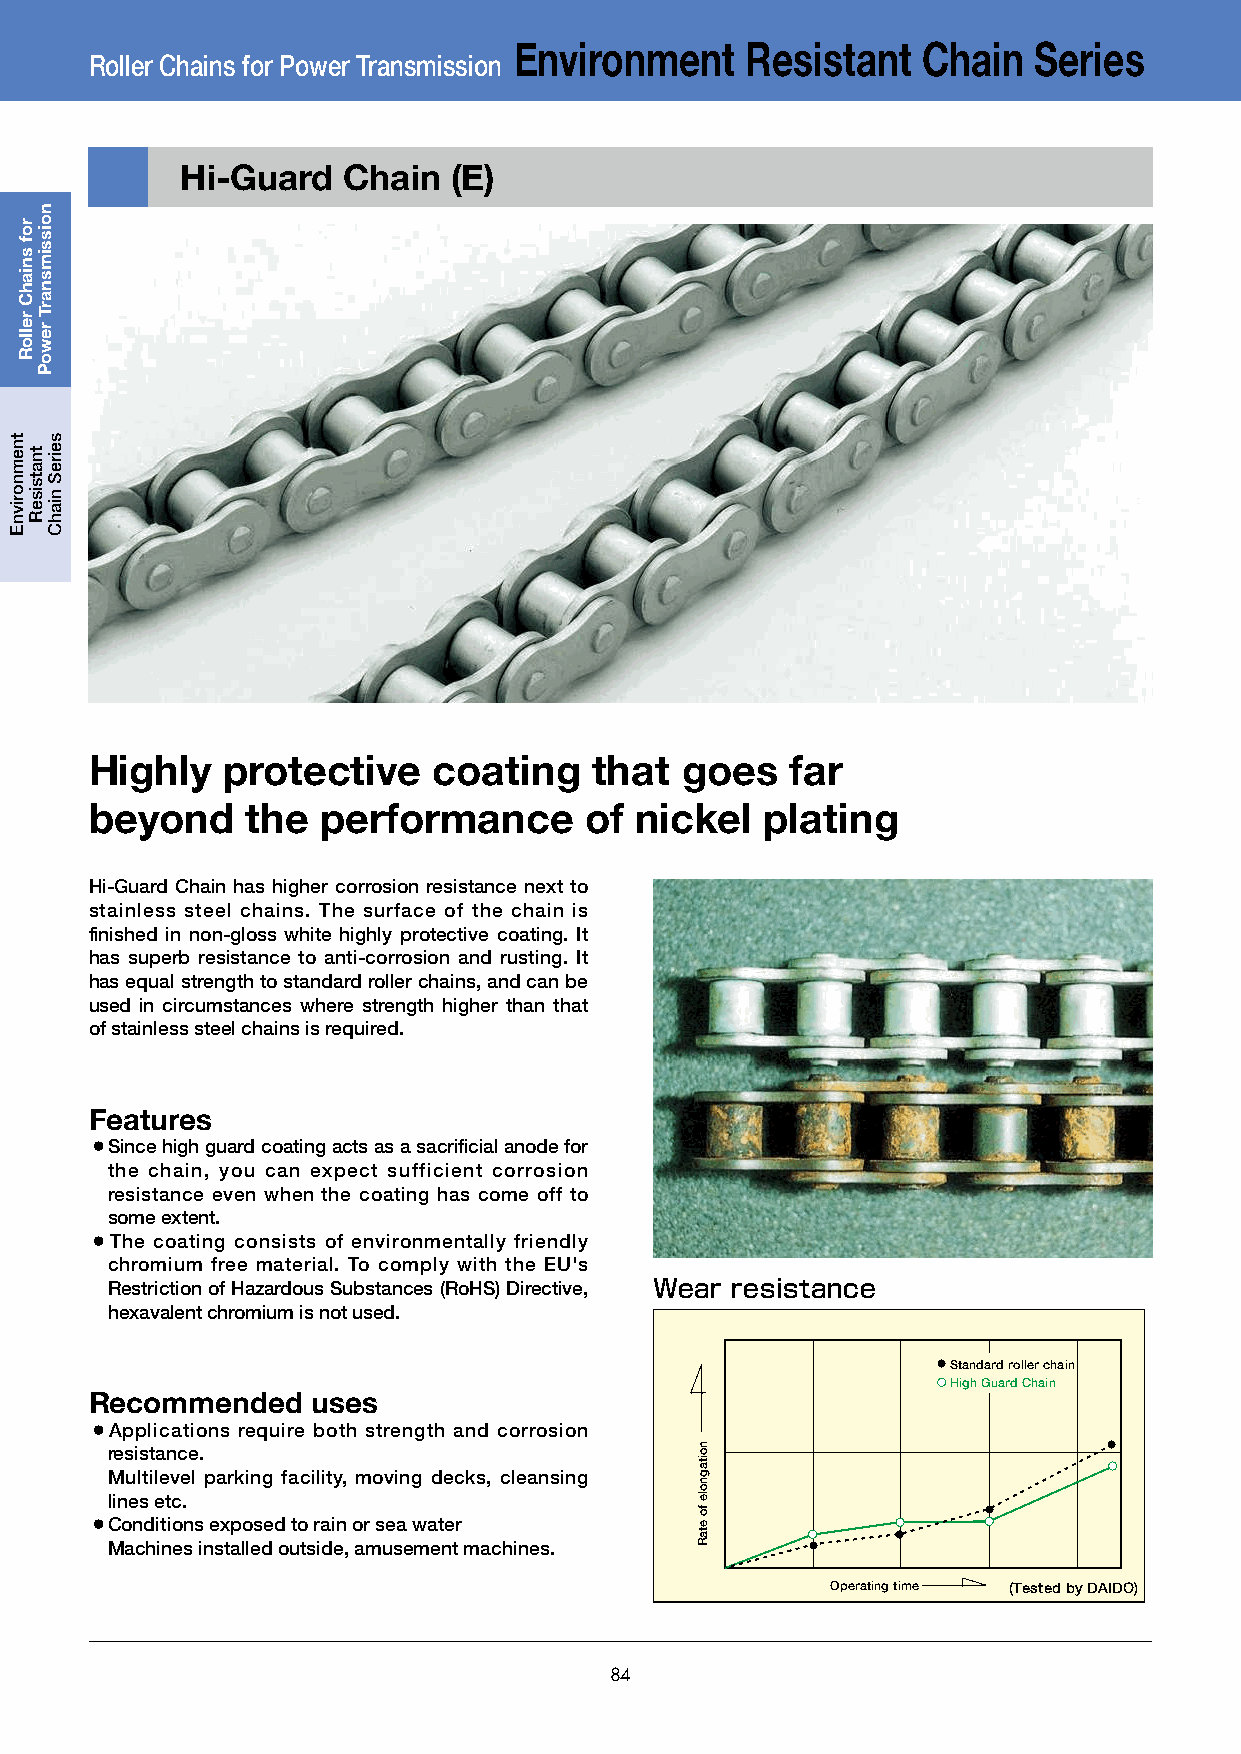
Environment    Resistant   Chain  Series
 Roller Chains for Power Transmission
 Hi-Guard   Chain  (E)
 Highly   protective    coating   that  goes   far
 beyond    the  performance       of nickel   plating
 Hi-Guard Chain has higher corrosion resistance next to
 stainless steel chains. The surface of the chain is
 finished in non-gloss white highly protective coating. It
 has superb resistance to anti-corrosion and rusting. It
 has equal strength to standard roller chains, and can be
 used in circumstances where strength higher than that
 of stainless steel chains is required.
 Features
 ¡Since high guard coating acts as a sacrificial anode for
 the chain, you can expect sufficient corrosion
 resistance even when the coating has come off to
 some extent.
 ¡The coating consists of environmentally friendly
 chromium free material. To comply with the EU's
 Restriction of Hazardous Substances (RoHS) Directive, Wear resistance
 hexavalent chromium is not used.
 ●Standard roller chain
 High Guard Chain
 Recommended    uses
 ¡Applications require both strength and corrosion
 resistance.                                                       ●
 Multilevel parking facility, moving decks, cleansing
 lines etc.
 ●
 ¡Conditions exposed to rain or sea water
 ●
 Machines installed outside, amusement machines. ●
 Operating time (Tested by DAIDO)
 84
 tnemnorivnE
 rof
 sniahC
 relloR
 tnatsiseR
 noissimsnarT
 rewoP
 seireS
 niahC
 noitagnole
 fo
 etaR